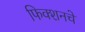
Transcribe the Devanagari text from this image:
फिक्शनचे